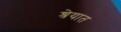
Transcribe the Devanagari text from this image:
श्रेयात